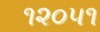
૧૨૦૫૧